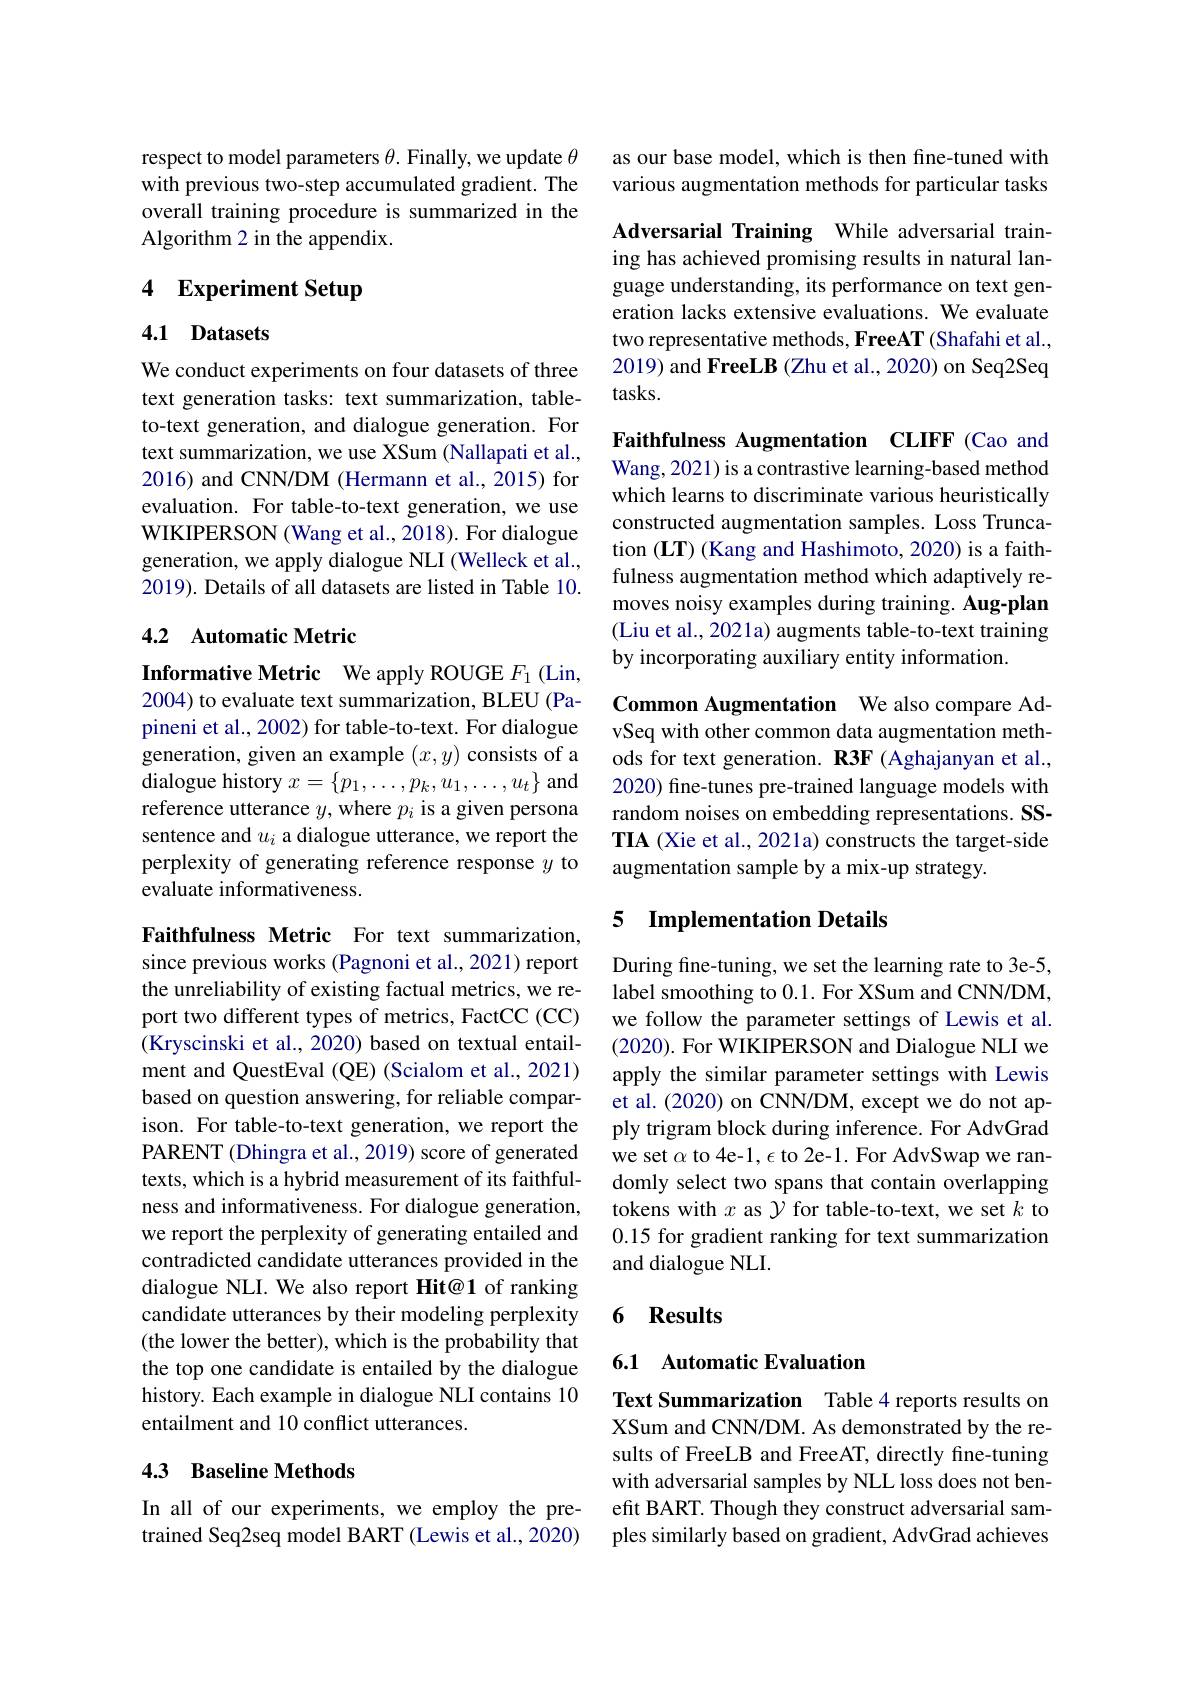
respect to model parameters $\theta.$ Finally, we update $\theta$ with previous two-step accumulated gradient. The overall training procedure is summarized in the Algorithm 2 in the appendix.

# 4 Experiment Setup

### 4.1 Datasets

We conduct experiments on four datasets of three text generation tasks: text summarization, tableto-text generation, and dialogue generation. For text summarization, we use XSum (Nallapati et al., 2016) and CNN/DM (Hermann et al., 2015) for evaluation. For table-to-text generation, we use WIKIPERSON (Wang et al., 2018). For dialogue generation, we apply dialogue NLI (Welleck et al., 2019). Details of all datasets are listed in Table 10.

### 4.2 Automatic Metric

Informative Metric We apply ROUGE $F_{1}$ (Lin, 2004) to evaluate text summarization, BLEU (Papineni et al., 2002) for table-to-text. For dialogue generation, given an example $(x,y)$ consists of a ${\mathrm{dialogue~history~}x=\{p_{1},\ldots,p_{k},u_{1},\ldots,u_{t}\}\mathrm{~and}}$ reference utterance $y$, where $p_i$ is a given persona sentence and $u_i$ a dialogue utterance, we report the perplexity of generating reference response $y$ to evaluate informativeness.

Faithfulness Metric For text summarization, since previous works (Pagnoni et al., 2021) report the unreliability of existing factual metrics, we report two different types of metrics, FactCC (CC) (Kryscinski et al., 2020) based on textual entailment and QuestEval (QE) (Scialom et al., 2021) based on question answering, for reliable comparison. For table-to-text generation, we report the PARENT (Dhingra et al., 2019) score of generated texts, which is a hybrid measurement of its faithfulness and informativeness. For dialogue generation, we report the perplexity of generating entailed and contradicted candidate utterances provided in the dialogue NLI. We also report Hit@1 of ranking candidate utterances by their modeling perplexity (the lower the better), which is the probability that the top one candidate is entailed by the dialogue history. Each example in dialogue NLI contains 10 entailment and 10 conflict utterances.

## 4.3 Baseline Methods

In all of our experiments, we employ the pretrained Seq2seq model BART (Lewis et al., 2020)

as our base model, which is then fine-tuned with various augmentation methods for particular tasks

Adversarial Training While adversarial training has achieved promising results in natural language understanding, its performance on text generation lacks extensive evaluations. We evaluate two representative methods, FreeAT (Shafahi et al., 2019) and FreeLB (Zhu et al., 2020) on Seq2Seq tasks.

Faithfulness Augmentation CLIFF (Cao and Wang, 2021) is a contrastive learning-based method which learns to discriminate various heuristically constructed augmentation samples. Loss Truncation (LT) (Kang and Hashimoto, 2020) is a faithfulness augmentation method which adaptively removes noisy examples during training. Aug-plan (Liu et al., 2021a) augments table-to-text training by incorporating auxiliary entity information.

Common Augmentation We also compare AdvSeq with other common data augmentation methods for text generation. R3F (Aghajanyan et al., 2020) fine-tunes pre-trained language models with random noises on embedding representations. SSTIA (Xie et al., 2021a) constructs the target-side augmentation sample by a mix-up strategy.

# 5 Implementation Details

During fine-tuning, we set the learning rate to 3e-5, label smoothing to 0.1. For XSum and CNN/DM, we follow the parameter settings of Lewis et al. (2020). For WIKIPERSON and Dialogue NLI we apply the similar parameter settings with Lewis et al. (2020) on CNN/DM, except we do not apply trigram block during inference. For AdvGrad we set $\alpha$ to 4e-1, $\epsilon$ to 2e-1. For AdvSwap we randomly select two spans that contain overlapping tokens with $x$ as $\mathcal{Y}$ for table-to-text, we set $k$ to 0.15 for gradient ranking for text summarization and dialogue NLI.

### 6 Results

## 6.1 Automatic Evaluation

Text Summarization Table 4 reports results on XSum and CNN/DM. As demonstrated by the results of FreeLB and FreeAT, directly fine-tuning with adversarial samples by NLL loss does not benefit BART. Though they construct adversarial samples similarly based on gradient, AdvGrad achieves